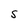
Character: S